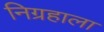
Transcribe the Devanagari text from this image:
निग्रहाला